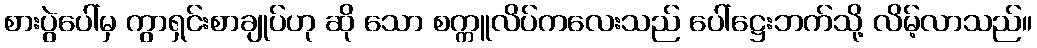
စားပွဲပေါ်မှ ကွာရှင်းစာချုပ်ဟု ဆို သော စက္ကူလိပ်ကလေးသည် ပေါ်ဋ္ဌေးဘက်သို့ လိမ့်လာသည်။